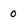
Character: 0